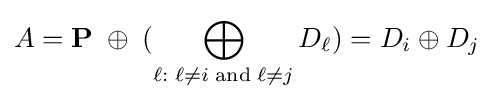
A=\mathbf {P} \;\oplus \;(\bigoplus _{\ell :\;\ell \not =i\;\mathrm {and} \;\ell \not =j}{D_{\ell }})=D_{i}\oplus D_{j}